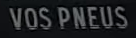
VOS PNEUS